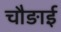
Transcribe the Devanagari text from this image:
चौङाई